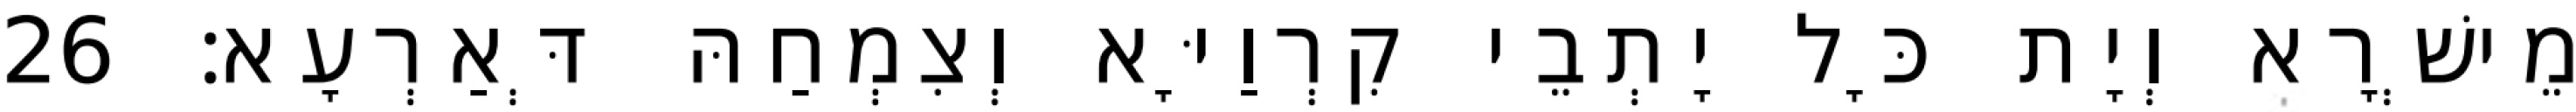
מֵישְׁרָא וְיָת כָּל יָתְבֵי קִרְוַיָּא וְצִמְחַהּ דְּאַרְעָא׃ 26